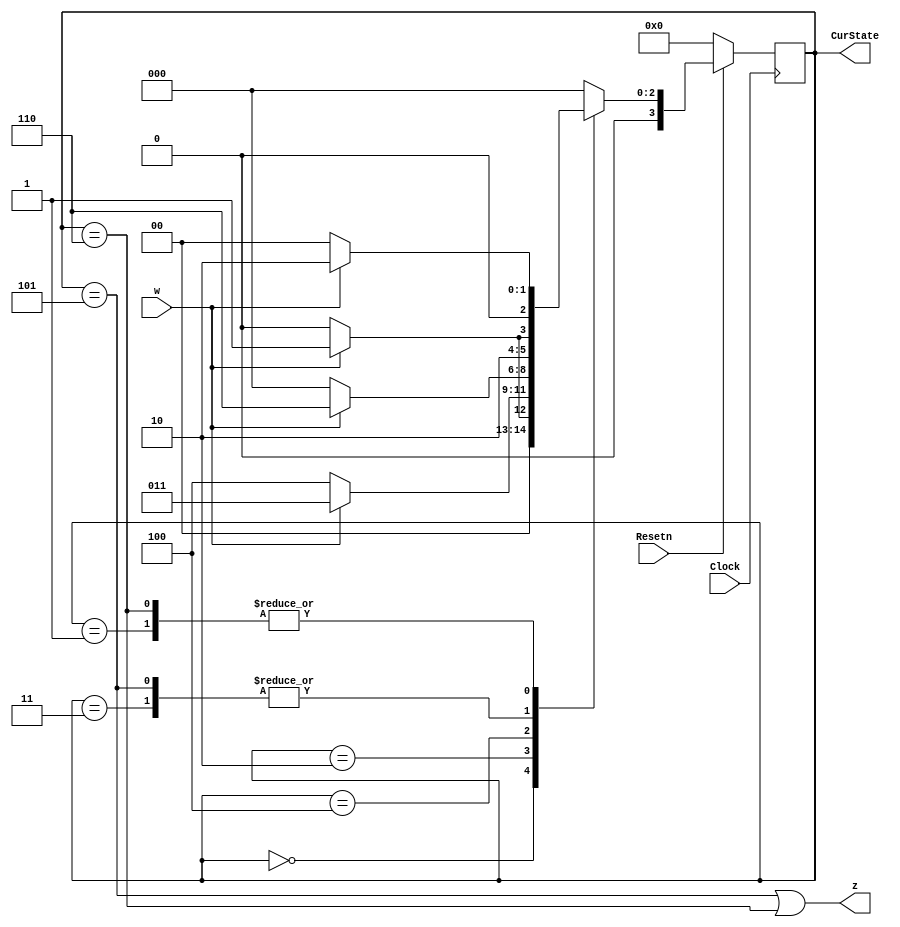
module part1(Clock, Resetn, w, z, CurState);
	input Clock;
	input Resetn;  //synchronous reset when 0
	input w;  //w input to detector
	output z;  //output from detector
	output [3:0] CurState;  //outputs current state
	
	reg [3:0] currS, nextS;
	
	localparam A = 4'b0000, B = 4'b0001, C = 4'b0010, D = 4'b0011, E = 4'b0100, F = 4'b0101, G = 4'b0110;
	
	always@(*)
		begin: state_table
			case (currS)
				A: begin
						if(!w) 
							nextS = A;
						else
							nextS = B;
					end
				B: begin
						if(!w)
							nextS = A;
						else
							nextS = C;
					end
				C: begin
						if(!w)
							nextS = E;
						else
							nextS = D;
					end
				D: begin
						if(!w)
							nextS = E;
						else
							nextS = F;
					end
				E: begin 
						if(!w)
							nextS = A;
						else
							nextS = G;
					end
				F: begin
						if(!w)
							nextS = E;
						else
							nextS = F;
					end
				G: begin
						if(!w)
							nextS = A;
						else
							nextS = C;
					end
				default: nextS = A;
			endcase
		end
		
	//state registers
	always@(posedge Clock)
		begin: state_FFs
			if(Resetn == 1'b0)
				currS <= A;
			else
				currS <= nextS;
		end
		
	//output logic
	assign z = ((currS == F) | (currS == G));
	assign CurState = currS;
endmodule